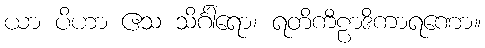
ယာ ပိဟာ ဧသ သိင်္ဂါရော၊ ရတိကီဠာဒိကာရဏော။